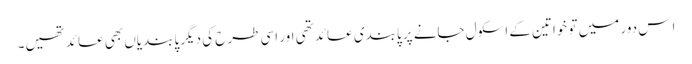
ا س دور میں تو خواتین کے اسکول جانے پر پابندی عائد تھی اور اسی طرح کی دیگر پابندیاں بھی عائد تھیں۔